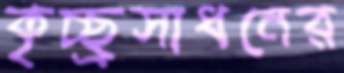
কৃচ্ছ্রসাধনের